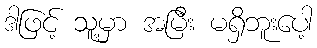
ဒါဖြင့် သူ့မှာ အမြီး မရှိဘူးပေါ့